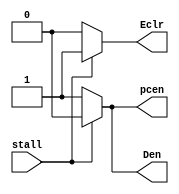
`timescale 1ns / 1ps
//////////////////////////////////////////////////////////////////////////////////
// Company: 
// Engineer: 
// 
// Design Name: 
// Module Name:    stallctr 
// Project Name: 
// Target Devices: 
// Tool versions: 
// Description: 
//
// Dependencies: 
//
// Revision: 
// Revision 0.01 - File Created
// Additional Comments: 
//
//////////////////////////////////////////////////////////////////////////////////
module stallctr(
    input stall,
    output pcen,
    output Den,
    output Eclr
    );
	 assign pcen = (stall==1)?1'b0:1'b1;
	 assign Den = (stall==1)?1'b0:1'b1;
	 assign Eclr = (stall==1)?1'b1:1'b0;


endmodule